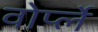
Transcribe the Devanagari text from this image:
वोर्प्ले